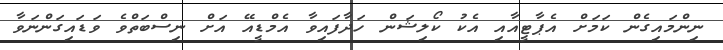
ނިންމައިގެން ކަމަށް އެޕާޓީއާއި އެކު ކޯލިޝަން ހަދާފައިވާ އެމްޑީއޭ އަށް ނިސްބަތްވެ ވަޑައިގަންނަވާ